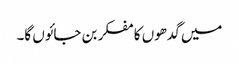
میں گدھوں کا مفکر بن جائوں گا۔